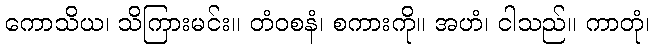
ကောသိယ၊ သိကြားမင်း။ တံဝစနံ၊ စကားကို။ အဟံ၊ ငါသည်။ ကာတုံ၊